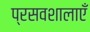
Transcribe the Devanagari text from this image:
प्रसवशालाएँ